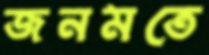
জনমতে